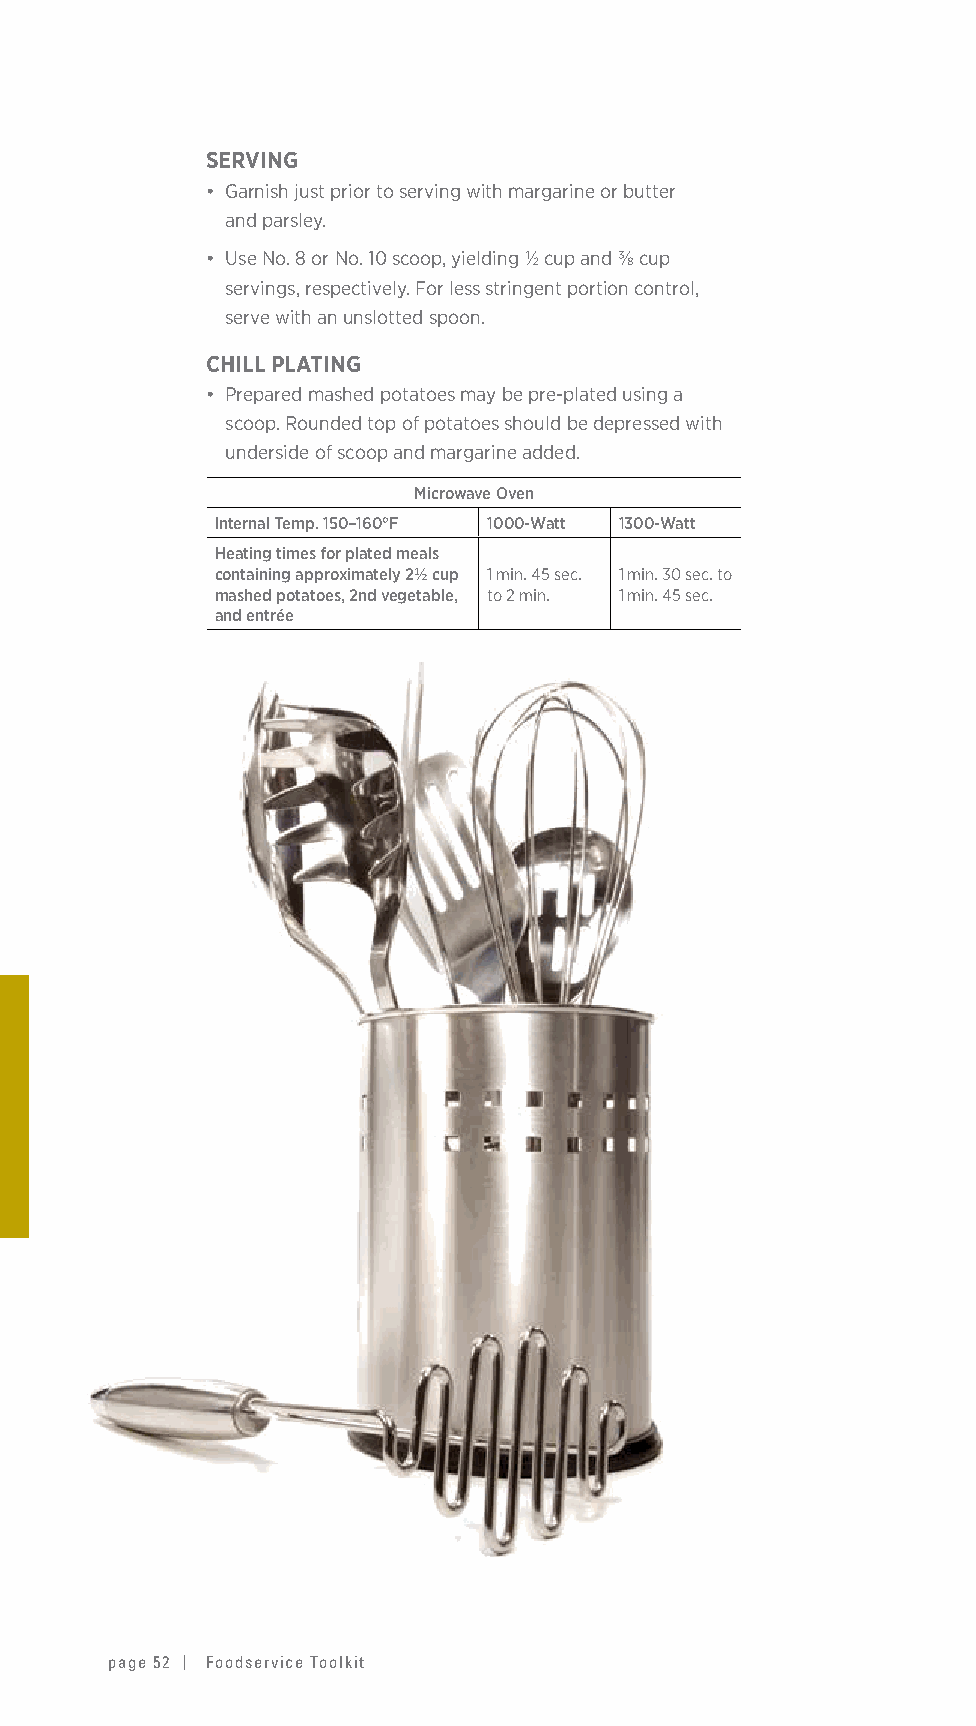
SERVING
 • G arnish just prior to serving with margarine or butter
 and parsley.
 • U se No. 8 or No. 10 scoop, yielding ½ cup and ⅜ cup
 servings, respectively. For less stringent portion control,
 serve with an unslotted spoon.
 CHILL PLATING
 • P repared mashed potatoes may be pre-plated using a
 scoop. Rounded top of potatoes should be depressed with
 underside of scoop and margarine added.
 Microwave Oven
 Internal Temp. 150–160°F 1000-Watt 1300-Watt
 Heating times for plated meals
 containing approximately 2½ cup 1 min. 45 sec. 1 min. 30 sec. to
 mashed potatoes, 2nd vegetable, to 2 min. 1 min. 45 sec.
 and entrée
 page 52 | Foodservice Toolkit